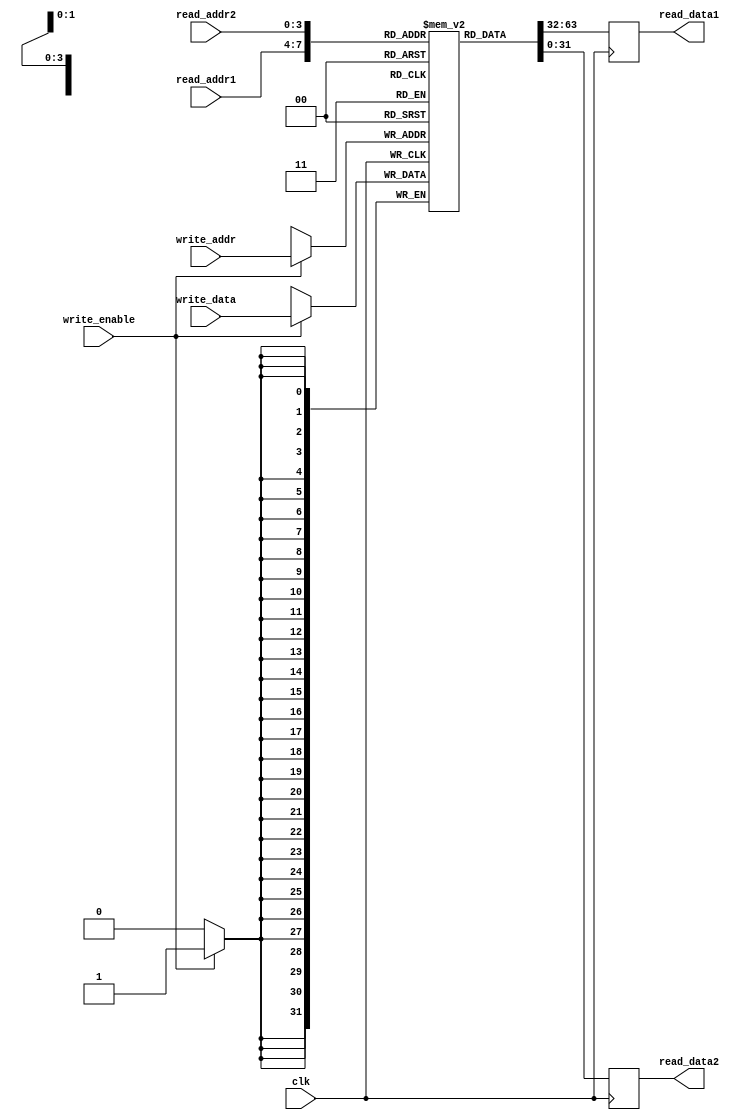
module register_file (
    input wire clk,
    input wire [3:0] read_addr1,
    input wire [3:0] read_addr2,
    input wire [3:0] write_addr,
    input wire [31:0] write_data,
    input wire write_enable,
    output reg [31:0] read_data1,
    output reg [31:0] read_data2
);

reg [31:0] mem[15:0];

always @(posedge clk) begin
    read_data1 = mem[read_addr1];
    read_data2 = mem[read_addr2];
    
    if (write_enable) begin
        mem[write_addr] <= write_data;
    end
end

endmodule